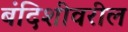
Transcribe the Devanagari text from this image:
बंदिशींवरील